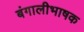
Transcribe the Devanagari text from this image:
बंगालीभाषक